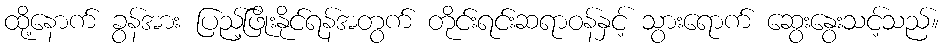
ထို့နောက် ခွန်အား ပြည့်ဖြိုးနိုင်ရန်အတွက် တိုင်းရင်းဆရာဝန်နှင့် သွားရောက် ဆွေးနွေးသင့်သည်။